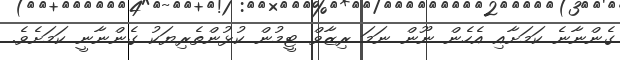
ގެންނާނެ ކަމަށާއި އެހެން ނޫން ނަމަ ރިޒާވް ޓީމުން ކުޅުންތެރިޔަކު ގެންނާނީ ކަމަށެވެ.